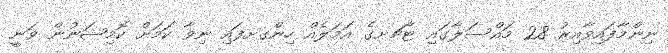
ނިންމާފައިވާއިރު 28 މައްސަލާގައި ޓާޗށގެ އަމަލެއް ހިންގށފައި ނިވާ ކަމަށް ކޮމިޝަނުން ވަނީ